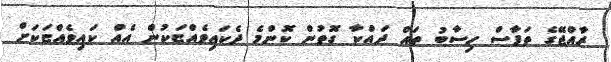
ރާއްޖޭގެ ތަފާސް ހިސާބު ތައް ދައްކާ ގޮތުން ކޮންމެ ދެކައިވެއްޏަކުން އެއް ކައިވެއްޏަކަށް